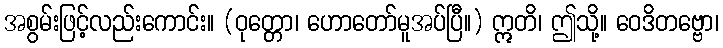
အစွမ်းဖြင့်လည်းကောင်း။ (ဝုတ္တော၊ ဟောတော်မူအပ်ပြီ။) ဣတိ၊ ဤသို့။ ဝေဒိတဗ္ဗော၊